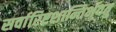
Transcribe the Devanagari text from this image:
सर्वारिष्टशान्तिर्भवतु